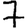
Digit: 7